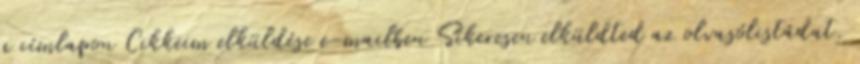
a címlapon Cikkeim elküldése e-mailben Sikeresen elküldted az olvasólistádat.